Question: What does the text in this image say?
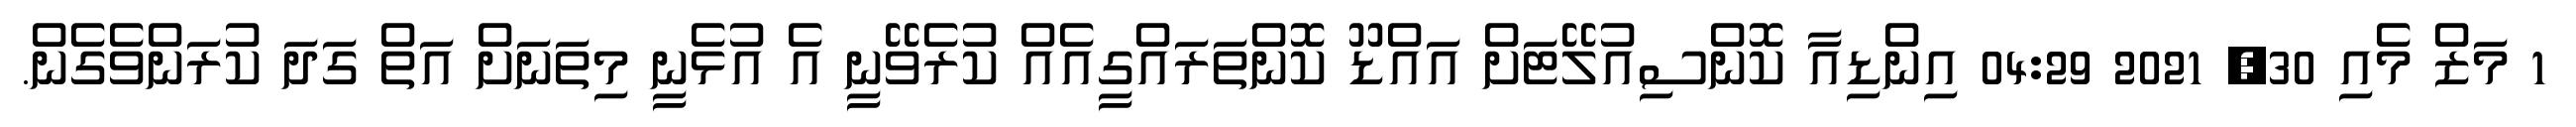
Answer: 1 މަޒް މެއި 30, 2021 04:29 އިންޑިއާ ކޮންސިއުލޭޓަށް އައްޑޫ ކޮންތަރައްގީއެއް ކުރެވޭނީ އެ އުޅެނީ މިތަނަށް އަތް ގަދަ ކުރަންވެގެން.